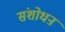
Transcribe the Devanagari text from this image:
संशोधऩ